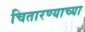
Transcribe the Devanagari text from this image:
चितारण्याच्या